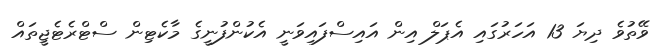
ވޭތުވެ ދިޔަ 13 އަހަރުގައި އެޕަލް އިން އައިސްފައިވަނީ އެކުންފުނީގެ މާކެޓިން ސްޓްރެޓެޖީތައް